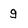
Character: g